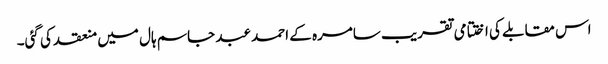
اس مقابلے کی اختتامی تقریب سامرہ کے احمد عبد جاسم ہال میں منعقد کی گئی۔